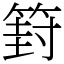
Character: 篈